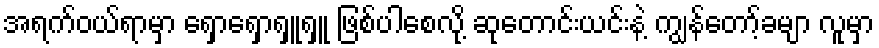
အရက်ဝယ်ရာမှာ ရှောရှောရှူရှူ ဖြစ်ပါစေလို့ ဆုတောင်းယင်းနဲ့ ကျွန်တော့်ခမျာ လူမှာ